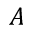
A